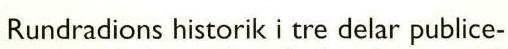
 Rundradions historik i tre delar publice-